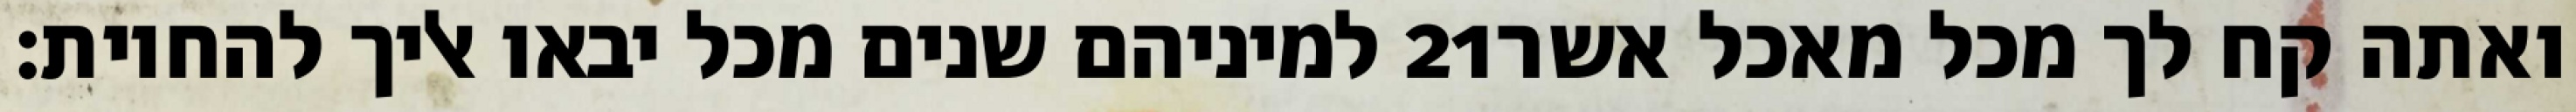
למיניהם שנים מכל יבאו אליך להחיות׃ ‎21‏ ואתה קח לך מכל מאכל אשר